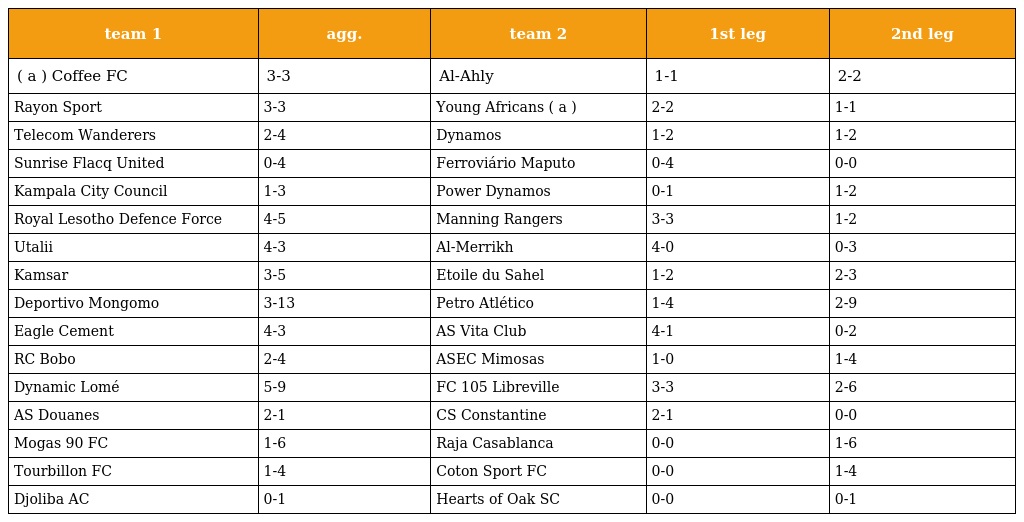
| team 1 | agg. | team 2 | 1st leg | 2nd leg |
 | --- | --- | --- | --- | --- |
 | ( a ) Coffee FC | 3-3 | Al-Ahly | 1-1 | 2-2 |
 | Rayon Sport | 3-3 | Young Africans ( a ) | 2-2 | 1-1 |
 | Telecom Wanderers | 2-4 | Dynamos | 1-2 | 1-2 |
 | Sunrise Flacq United | 0-4 | Ferroviário Maputo | 0-4 | 0-0 |
 | Kampala City Council | 1-3 | Power Dynamos | 0-1 | 1-2 |
 | Royal Lesotho Defence Force | 4-5 | Manning Rangers | 3-3 | 1-2 |
 | Utalii | 4-3 | Al-Merrikh | 4-0 | 0-3 |
 | Kamsar | 3-5 | Etoile du Sahel | 1-2 | 2-3 |
 | Deportivo Mongomo | 3-13 | Petro Atlético | 1-4 | 2-9 |
 | Eagle Cement | 4-3 | AS Vita Club | 4-1 | 0-2 |
 | RC Bobo | 2-4 | ASEC Mimosas | 1-0 | 1-4 |
 | Dynamic Lomé | 5-9 | FC 105 Libreville | 3-3 | 2-6 |
 | AS Douanes | 2-1 | CS Constantine | 2-1 | 0-0 |
 | Mogas 90 FC | 1-6 | Raja Casablanca | 0-0 | 1-6 |
 | Tourbillon FC | 1-4 | Coton Sport FC | 0-0 | 1-4 |
 | Djoliba AC | 0-1 | Hearts of Oak SC | 0-0 | 0-1 |